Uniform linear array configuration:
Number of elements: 24
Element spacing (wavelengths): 0.5
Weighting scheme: hamming
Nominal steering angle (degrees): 45
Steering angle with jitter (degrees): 43.636
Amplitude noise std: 0.05
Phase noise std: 0.05

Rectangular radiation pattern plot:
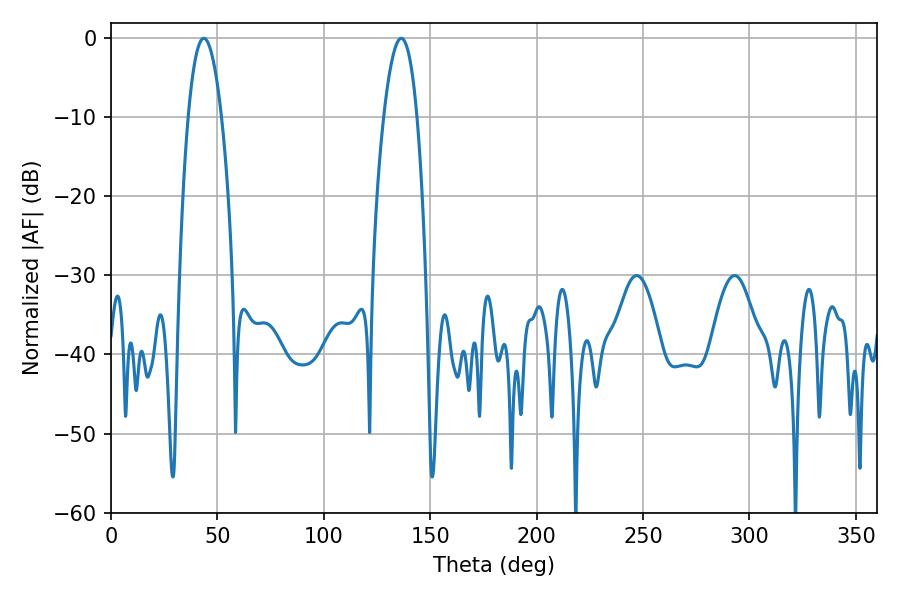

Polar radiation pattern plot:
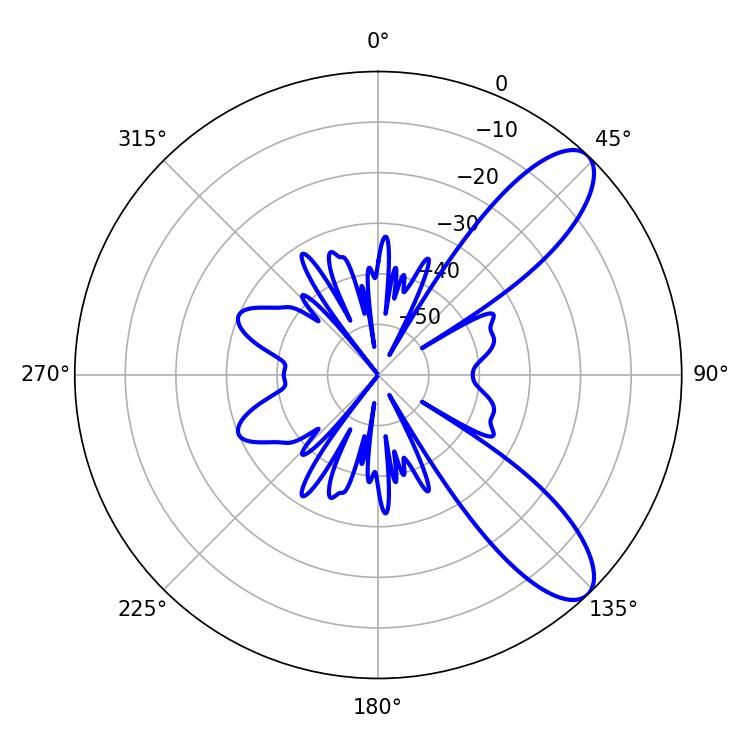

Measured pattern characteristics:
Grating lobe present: FALSE
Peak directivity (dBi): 9.515
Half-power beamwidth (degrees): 8.64
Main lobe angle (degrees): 43.56